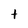
Character: t